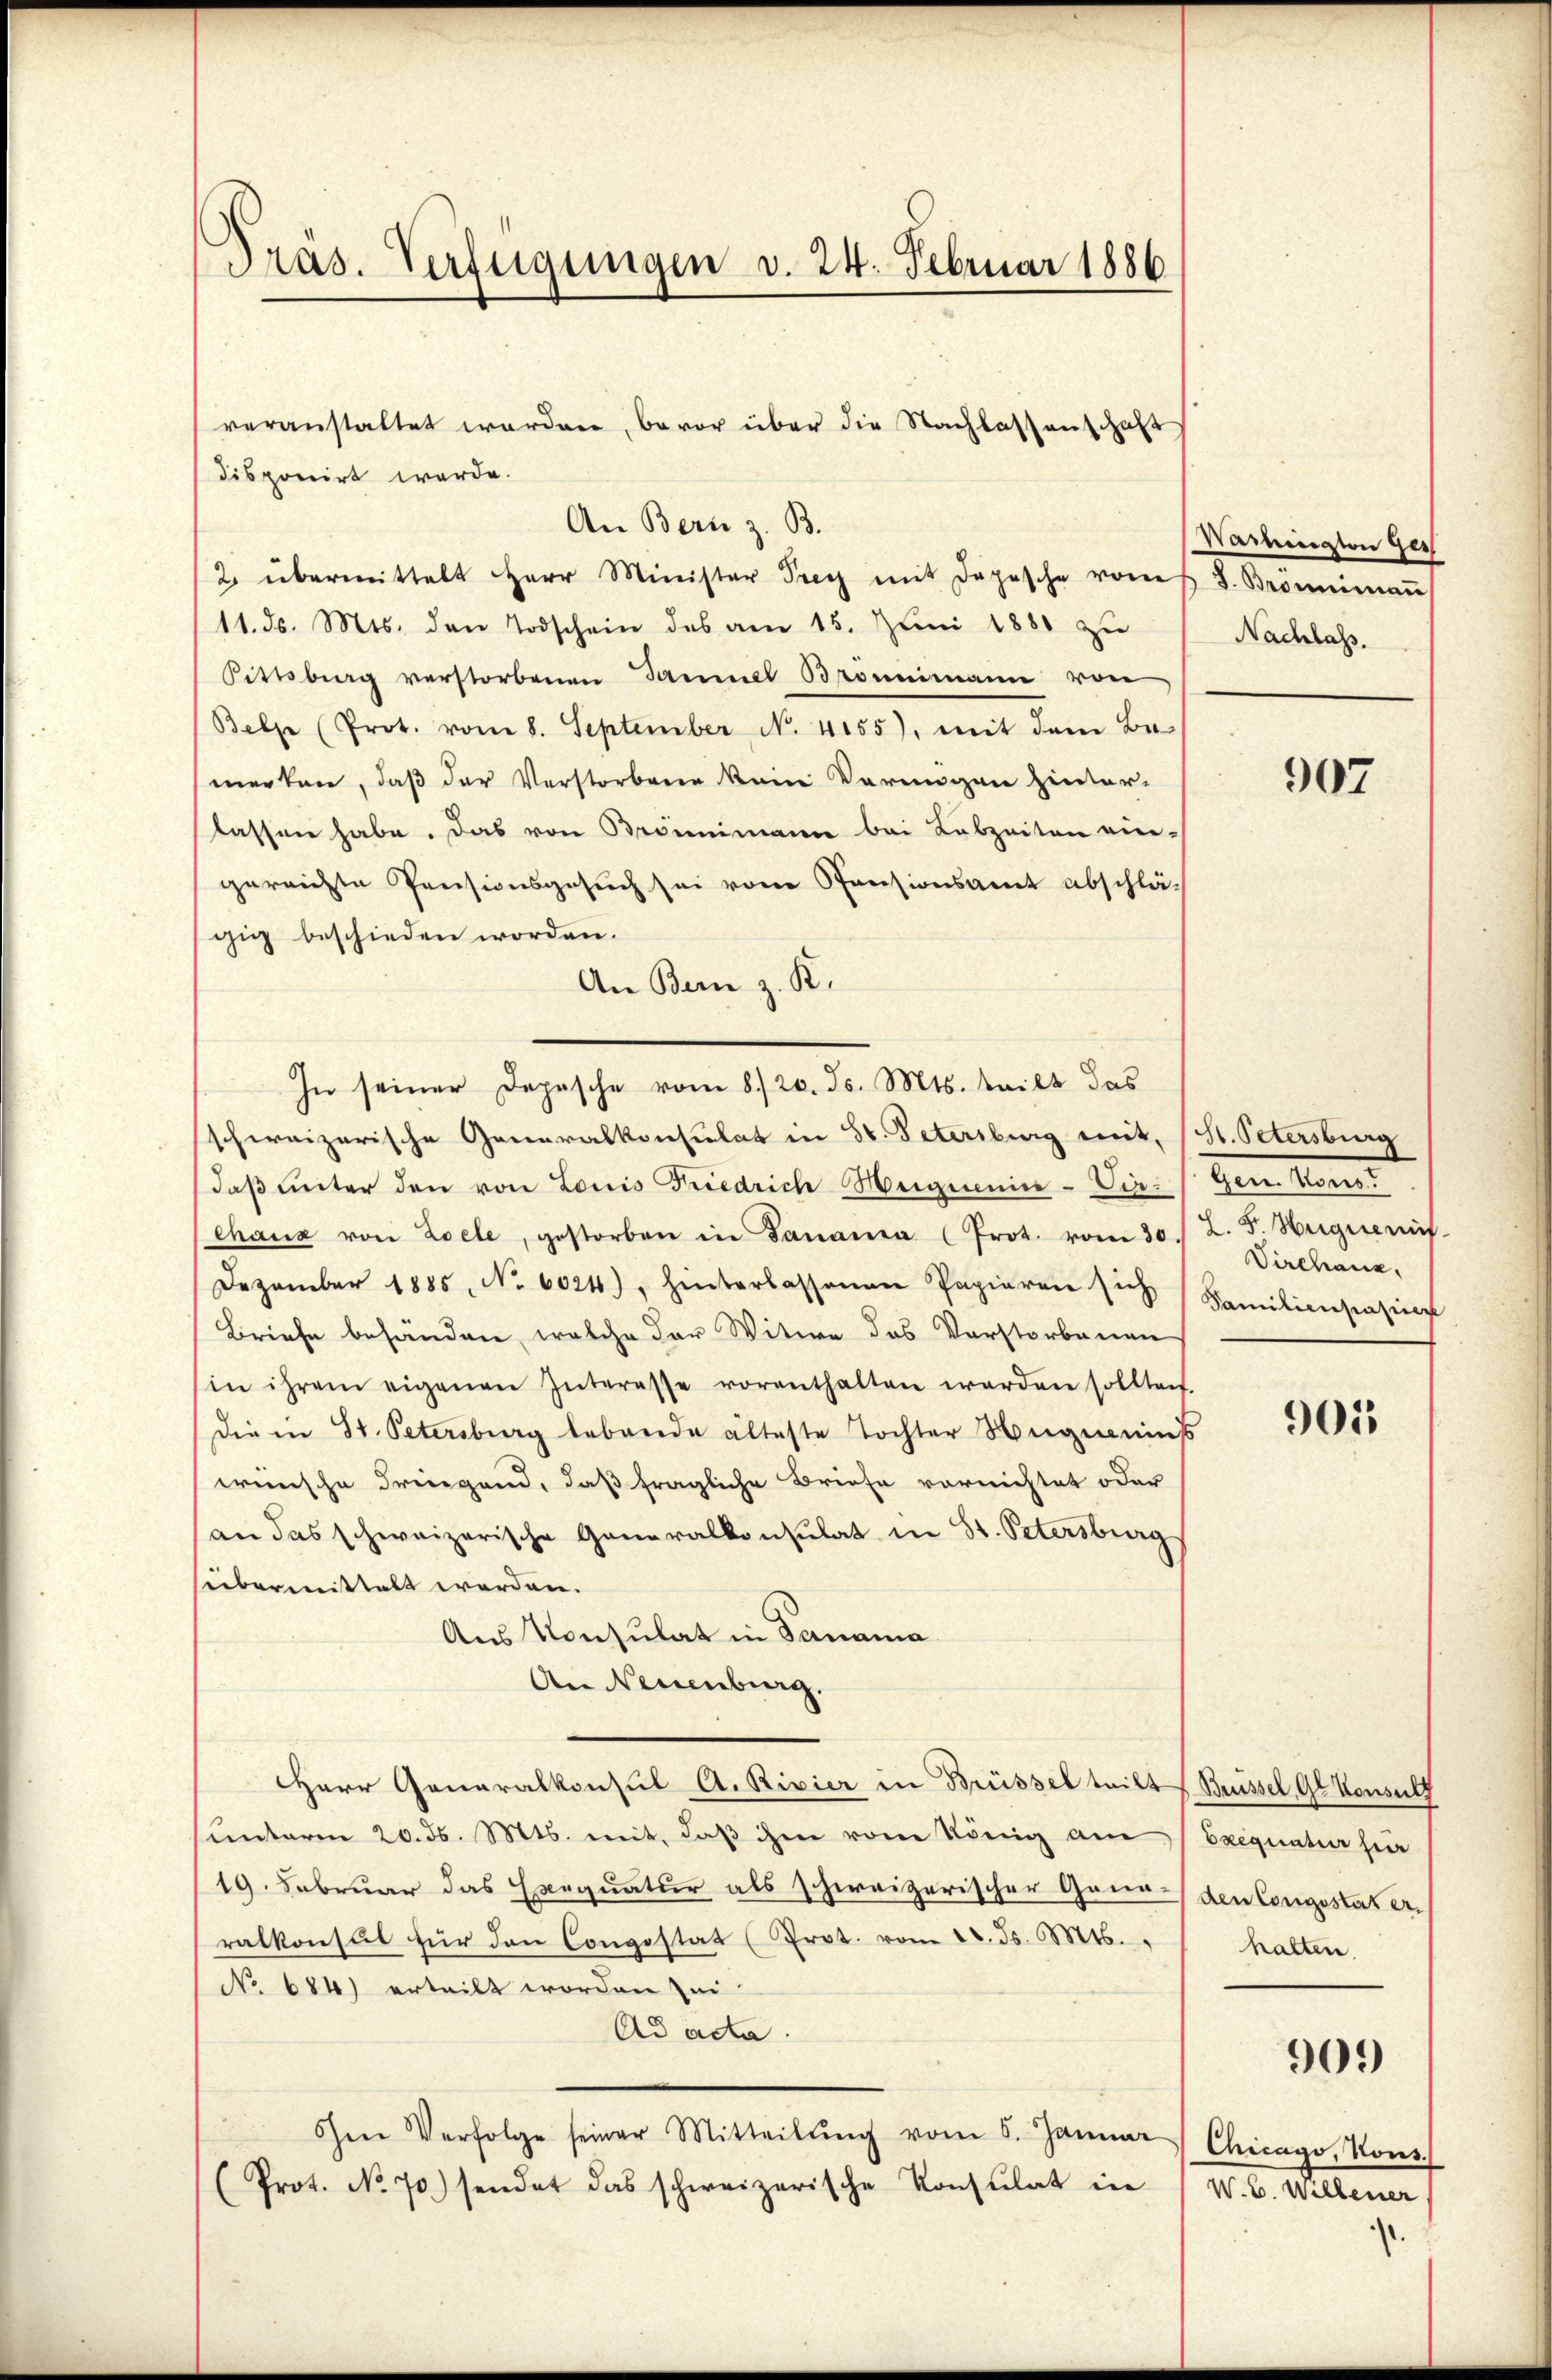
Pras. Verfügungen v. 24. Februar 1886

disponirt werde.
An Bern z. B.
2. übermittelt Herr Minister Prey mit Depesche vom
11. ds. Mts. den Todschein des am 15. Juni 1880 zu
Pittsberg verstorbenen Samuel Bronimann von
Belze (Prot. vom 8. September No. 4155), mit dem Be-
merken, daß der Verstorbene kein Vermögen hinter-
lassen habe. Das von Brömmimann bei Lebzeiten ein-
gereichte Pensionsgesuch sei von Pensionsamt abschlägig beschieden worden.
An Bern z. K.
In seiner Depesche vom 8./20. ds. Mts. teilt das
schweizerische Generalkonsulat in 80. Petersburg mit, (H. Petersburg
daβ ŭnter den von Louis Friedrich Hegnenice- Virchanz von Loele, gestorben in Danania (Prot. vom 30. L. F. Hegneris
Dezember 1885, No. 6024), hinterlassene Papieren sich Familienstasier
Briefe behänden, welche der Witwe das Vorstorbenen
in ihrem eigenen Interesse vorenthalten werden sollten.
Die in St. Petersburg lebende älteste Tochter Weigeneins
wünsche dringend, daß fragliche Briefe vornichtet oder
an das schweizerische Generalkonsulat in St. Petersburg
übermittelt werden.
Aus Konsulat in Panama
An Neuenburg.
HHerr Generalkonsul A. Rivier in Brüssel teilt Brissel Gl. Konsult
unterm 20. ds. Mts. mit, daß ihm vom König am Exequatur für
19. Februar das Exequatur als schweizerischer Grunden Congestat erralkonsŭt für den Congestat (Prot. vom 20. ds. Mts.
No 684) erteilt worden sei.
Ad acta.
Chen Verfolge seiner Mitteilŭng vom 5. Januar Chicago, Kons
(Prot. No. 70) sendet das schweizerische Konsulat in

veranstaltet worden, bevor über die Nachlassenschaft

Vaihington Ges
S. Bromenau
Nachlass.

907

den Lan
Virchanz.

901

halten.

909

1. v. Steuer

)